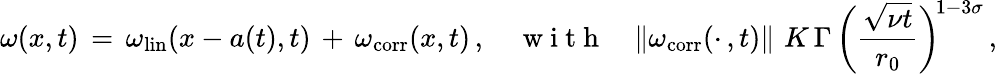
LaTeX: \omega(x,t)\, =\, \omega_{\mathrm{lin}}(x-a(t),t)\, +\, \omega_{\mathrm{corr}}(x,t)\, ,\quad\mathrm{~w~i~t~h~}\quad\| \omega_{\mathrm{corr}}(\cdot\, ,t)\| \, \le\, K\, \Gamma\, \biggl(\frac{\sqrt{\nu t}}{r_{0}}\biggr)^{\! 1-3\sigma}\, ,